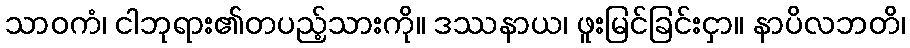
သာဝကံ၊ ငါဘုရား၏တပည့်သားကို။ ဒဿနာယ၊ ဖူးမြင်ခြင်းငှာ။ နာပိလဘတိ၊